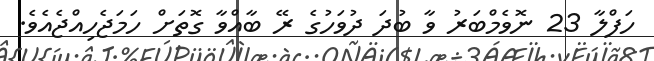
ހަފްލާ 23 ނޮވެމްބަރު ވާ ބުދަ ދުވަހުގެ ރޭ ބާއްވާ ގޮތަށް ހަމަޖެހިއްޖެއެވެ.